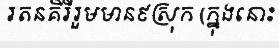
រតនគិរីរួមមាន៩ស្រុក (ក្នុងនោះ